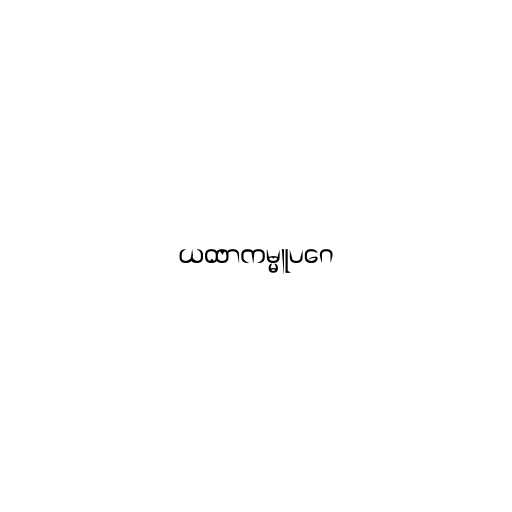
ယထာကမ္မူပဂေ